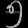
Digit: ၅